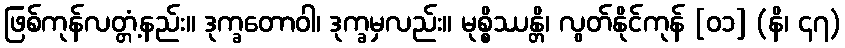
ဖြစ်ကုန်လတ္တံ့နည်း။ ဒုက္ခတောဝါ၊ ဒုက္ခမှလည်း။ မုစ္စိဿန္တိ၊ လွတ်နိုင်ကုန် [၀၁] (နိ၊ ၄၇)